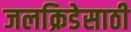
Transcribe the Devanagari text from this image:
जलक्रिडेसाठी